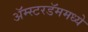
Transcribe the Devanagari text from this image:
ॲम्स्टरडॅममध्ये